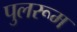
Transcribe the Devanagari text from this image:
पुलरूम